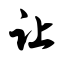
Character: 让